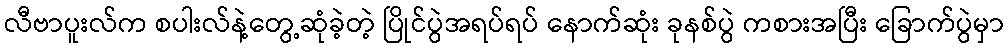
လီဗာပူးလ်က စပါးလ်နဲ့တွေ့ဆုံခဲ့တဲ့ ပြိုင်ပွဲအရပ်ရပ် နောက်ဆုံး ခုနစ်ပွဲ ကစားအပြီး ခြောက်ပွဲမှာ